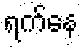
ရက်နေ